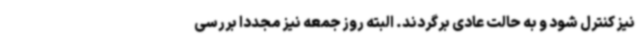
نیز کنترل شود و به حالت عادی برگردند. البته روز جمعه نیز مجددا بررسی